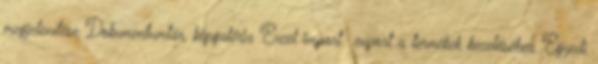
megjelenítése Dokumentumtár, képgaléria Excel import export a termékek kezeléséhez Egyedi